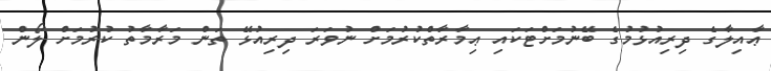
ޢާއިލާގެ ދިރިއުޅުމުގެ ބޭނުމަށްޓަކައި ޢިމާރާތްކުރުމަށް ނުވަރަ ދިރިއުޅޭ ތަން މަރާމާތު ކުރުމަށް ލޯން